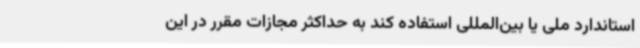
استاندارد ملی یا بین‌المللی استفاده کند به حداکثر مجازات مقرر در این